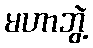
မဟာဘွဲ့